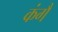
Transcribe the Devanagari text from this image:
कंगै